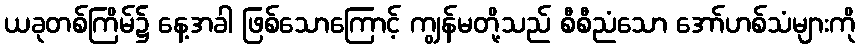
ယခုတစ်ကြိမ်၌ နေ့အခါ ဖြစ်သောကြောင့် ကျွန်မတို့သည် စီစီညံသော အော်ဟစ်သံများကို